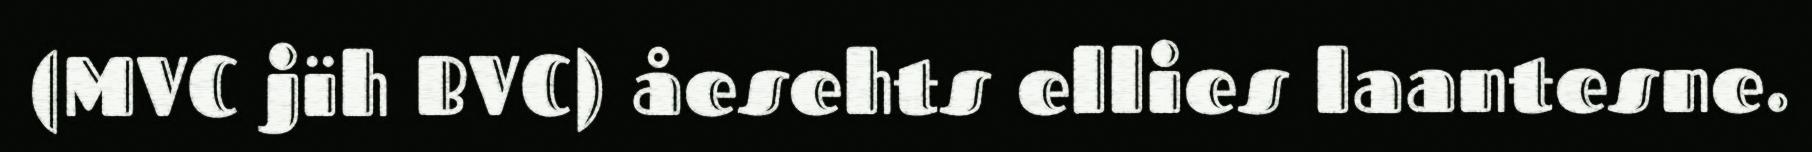
(MVC jïh BVC) åesehts ellies laantesne.